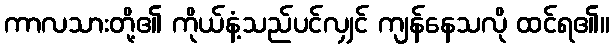
ကာလသားတို့၏ ကိုယ်နံ့သည်ပင်လျှင် ကျန်နေသလို ထင်ရ၏။